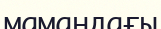
мамандағы